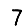
Digit: 7